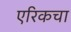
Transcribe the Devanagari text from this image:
एरिकचा